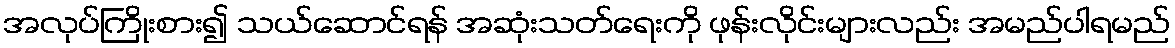
အလုပ်ကြိုးစား၍ သယ်ဆောင်ရန် အဆုံးသတ်ရေးကို ဖုန်းလိုင်းများလည်း အမည်ပါရမည်